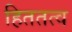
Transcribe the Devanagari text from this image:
हिततत्व